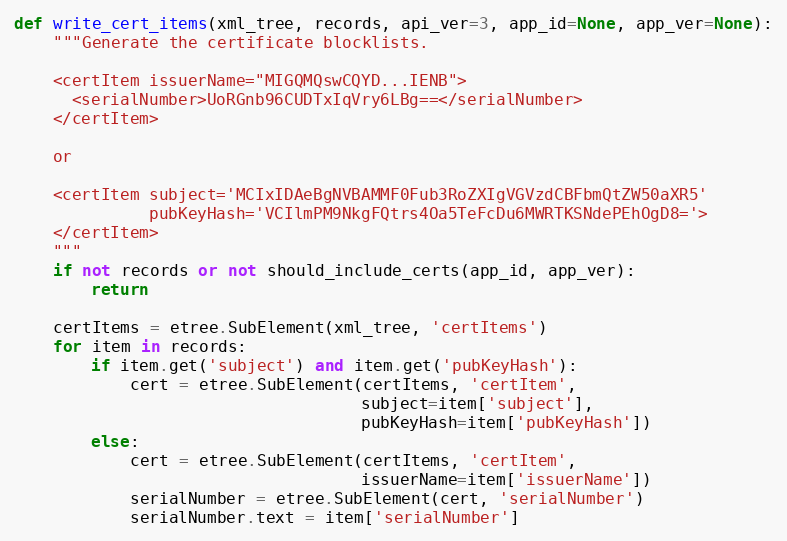
Language: Python
def write_cert_items(xml_tree, records, api_ver=3, app_id=None, app_ver=None):
    """Generate the certificate blocklists.

    <certItem issuerName="MIGQMQswCQYD...IENB">
      <serialNumber>UoRGnb96CUDTxIqVry6LBg==</serialNumber>
    </certItem>

    or

    <certItem subject='MCIxIDAeBgNVBAMMF0Fub3RoZXIgVGVzdCBFbmQtZW50aXR5'
              pubKeyHash='VCIlmPM9NkgFQtrs4Oa5TeFcDu6MWRTKSNdePEhOgD8='>
    </certItem>
    """
    if not records or not should_include_certs(app_id, app_ver):
        return

    certItems = etree.SubElement(xml_tree, 'certItems')
    for item in records:
        if item.get('subject') and item.get('pubKeyHash'):
            cert = etree.SubElement(certItems, 'certItem',
                                    subject=item['subject'],
                                    pubKeyHash=item['pubKeyHash'])
        else:
            cert = etree.SubElement(certItems, 'certItem',
                                    issuerName=item['issuerName'])
            serialNumber = etree.SubElement(cert, 'serialNumber')
            serialNumber.text = item['serialNumber']